Annual report of the Imperial Bacteriologist
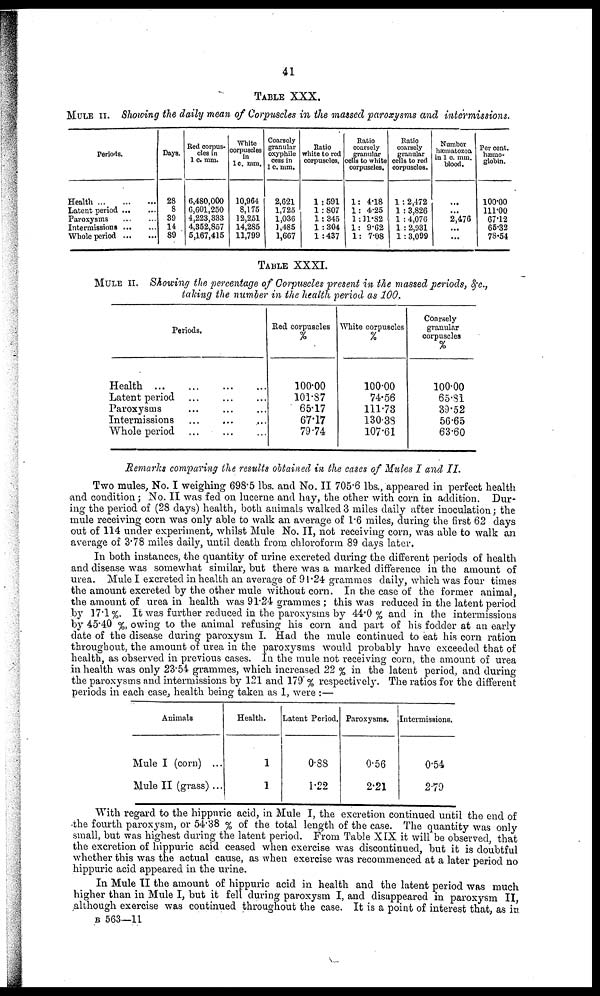
41
TABLE XXX.
MULE II. Showing the daily mean of Corpuscles in the massed paroxysms and intermissions.
Periods.
Health
Latent period
Paroxysms
Intermissions
Whole period
Days.
28
8
39
14
89
Red corpus-
cles in
1 c. mm.
6,480,000
6,601,250
4,223,333
4,352,857
5,167,415
White
corpuscles
in
1 c. mm.
10,964
8,175
12,251
14,285
11,799
Coarsely
granular
oxyphile
cess in
1 c. mm.
2,621
1,725
1,036
1,485
1,667
Ratio
white to red
corpuscles.
1:591
1:807
1:345
1:304
1:437
Ratio
coarsely
granular
cells to white
corpuscles.
1: 4.18
1: 4.25
1:11.82
1: 9.62
1: 7.08
Ratio
coarsely
granular
cells to red
corpuscles.
1 : 2.472
1 :3,826
1 :4,076
1 :2,931
1:3,099
Number
hæmatozoa
in 1 c. mm.
blood.
...
...
2,476
...
...
Per cent.
hæmo-
globin.
100.00
111.00
67.12
65.32
78.54
TABLE XXXI.
MULE II. Showing the percentage of Corpuscles present in the massed periods, &c.,
taking the number in the health period as 100.
Periods.
Health
Latent period
Paroxysms
Intermissions
Whole period
...
...
...
...
...
...
...
...
...
...
Red corpuscles
%
100.00
101.87
65.17
67.17
79.74
White corpuscles
%
100.00
74.56
111.73
130.38
107.61
Coarsely
granular
corpuscles
%
100.00
65.81
39.52
56.65
63.60
Remarks comparing the results obtained in the cases of Mules I and II.
Two mules, No. I weighing 698.5 lbs. and No. II 705.6 lbs., appeared in perfect health
and condition; No. II was fed on lucerne and hay, the other with corn in addition. Dur-
ing the period of (28 days) health, both animals walked 3 miles daily after inoculation; the
mule receiving corn was only able to walk an average of 1.6 miles, during the first 62 days
out of 114 under experiment, whilst Mule No. II, not receiving corn, was able to walk an
average of 3.78 miles daily, until death from chloroform 89 days later.
In both instances, the quantity of urine excreted during the different periods of health
and disease was somewhat similar, but there was a marked difference in the amount of
urea. Mule I excreted in health an average of 91.24 grammes daily, which was four times
the amount excreted by the other mule without corn. In the case of the former animal,
the amount of urea in health was 91.24 grammes ; this was reduced in the latent period
by 17.1%. It was further reduced in the paroxysms by 44.0% and in the intermissions
by 45.40 %, owing to the animal refusing his corn and part of his fodder at an early
date of the disease during paroxysm I. Had the mule continued to eat his corn ration
throughout, the amount of urea in the paroxysms would probably have exceeded that of
health, as observed in previous cases. In the mule not receiving corn, the amount of urea
in health was only 23.54 grammes, which increased 22 % in the latent period, and during
the paroxysms and intermissions by 121 and 179 % respectively. The ratios for the different
periods in each case, health being taken as 1, were :—
Animals
Mule I (corn) ...
Mule II (grass) ...
Health.
1
1
Latent Period.
0.88
1.22
Paroxysms.
0.56
2.21
Intermissions.
0.54
2.79
With regard to the hippuric acid, in Mule I, the excretion continued until the end of
the fourth paroxysm, or 54.38 % of the total length of the case. The quantity was only
small, but was highest during the latent period. From Table XIX it will be observed, that
the excretion of hippuric acid ceased when exercise was discontinued, but it is doubtful
whether this was the actual cause, as when exercise was recommenced at a later period no
hippuric acid appeared in the urine.
In Mule II the amount of hippuric acid in health and the latent period was much
higher than in Mule I, but it fell during paroxysm I, and disappeared in paroxysm II,
although exercise was continued throughout the case. It is a point of interest that, as in
B 563—11